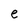
Character: e